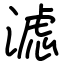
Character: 滤